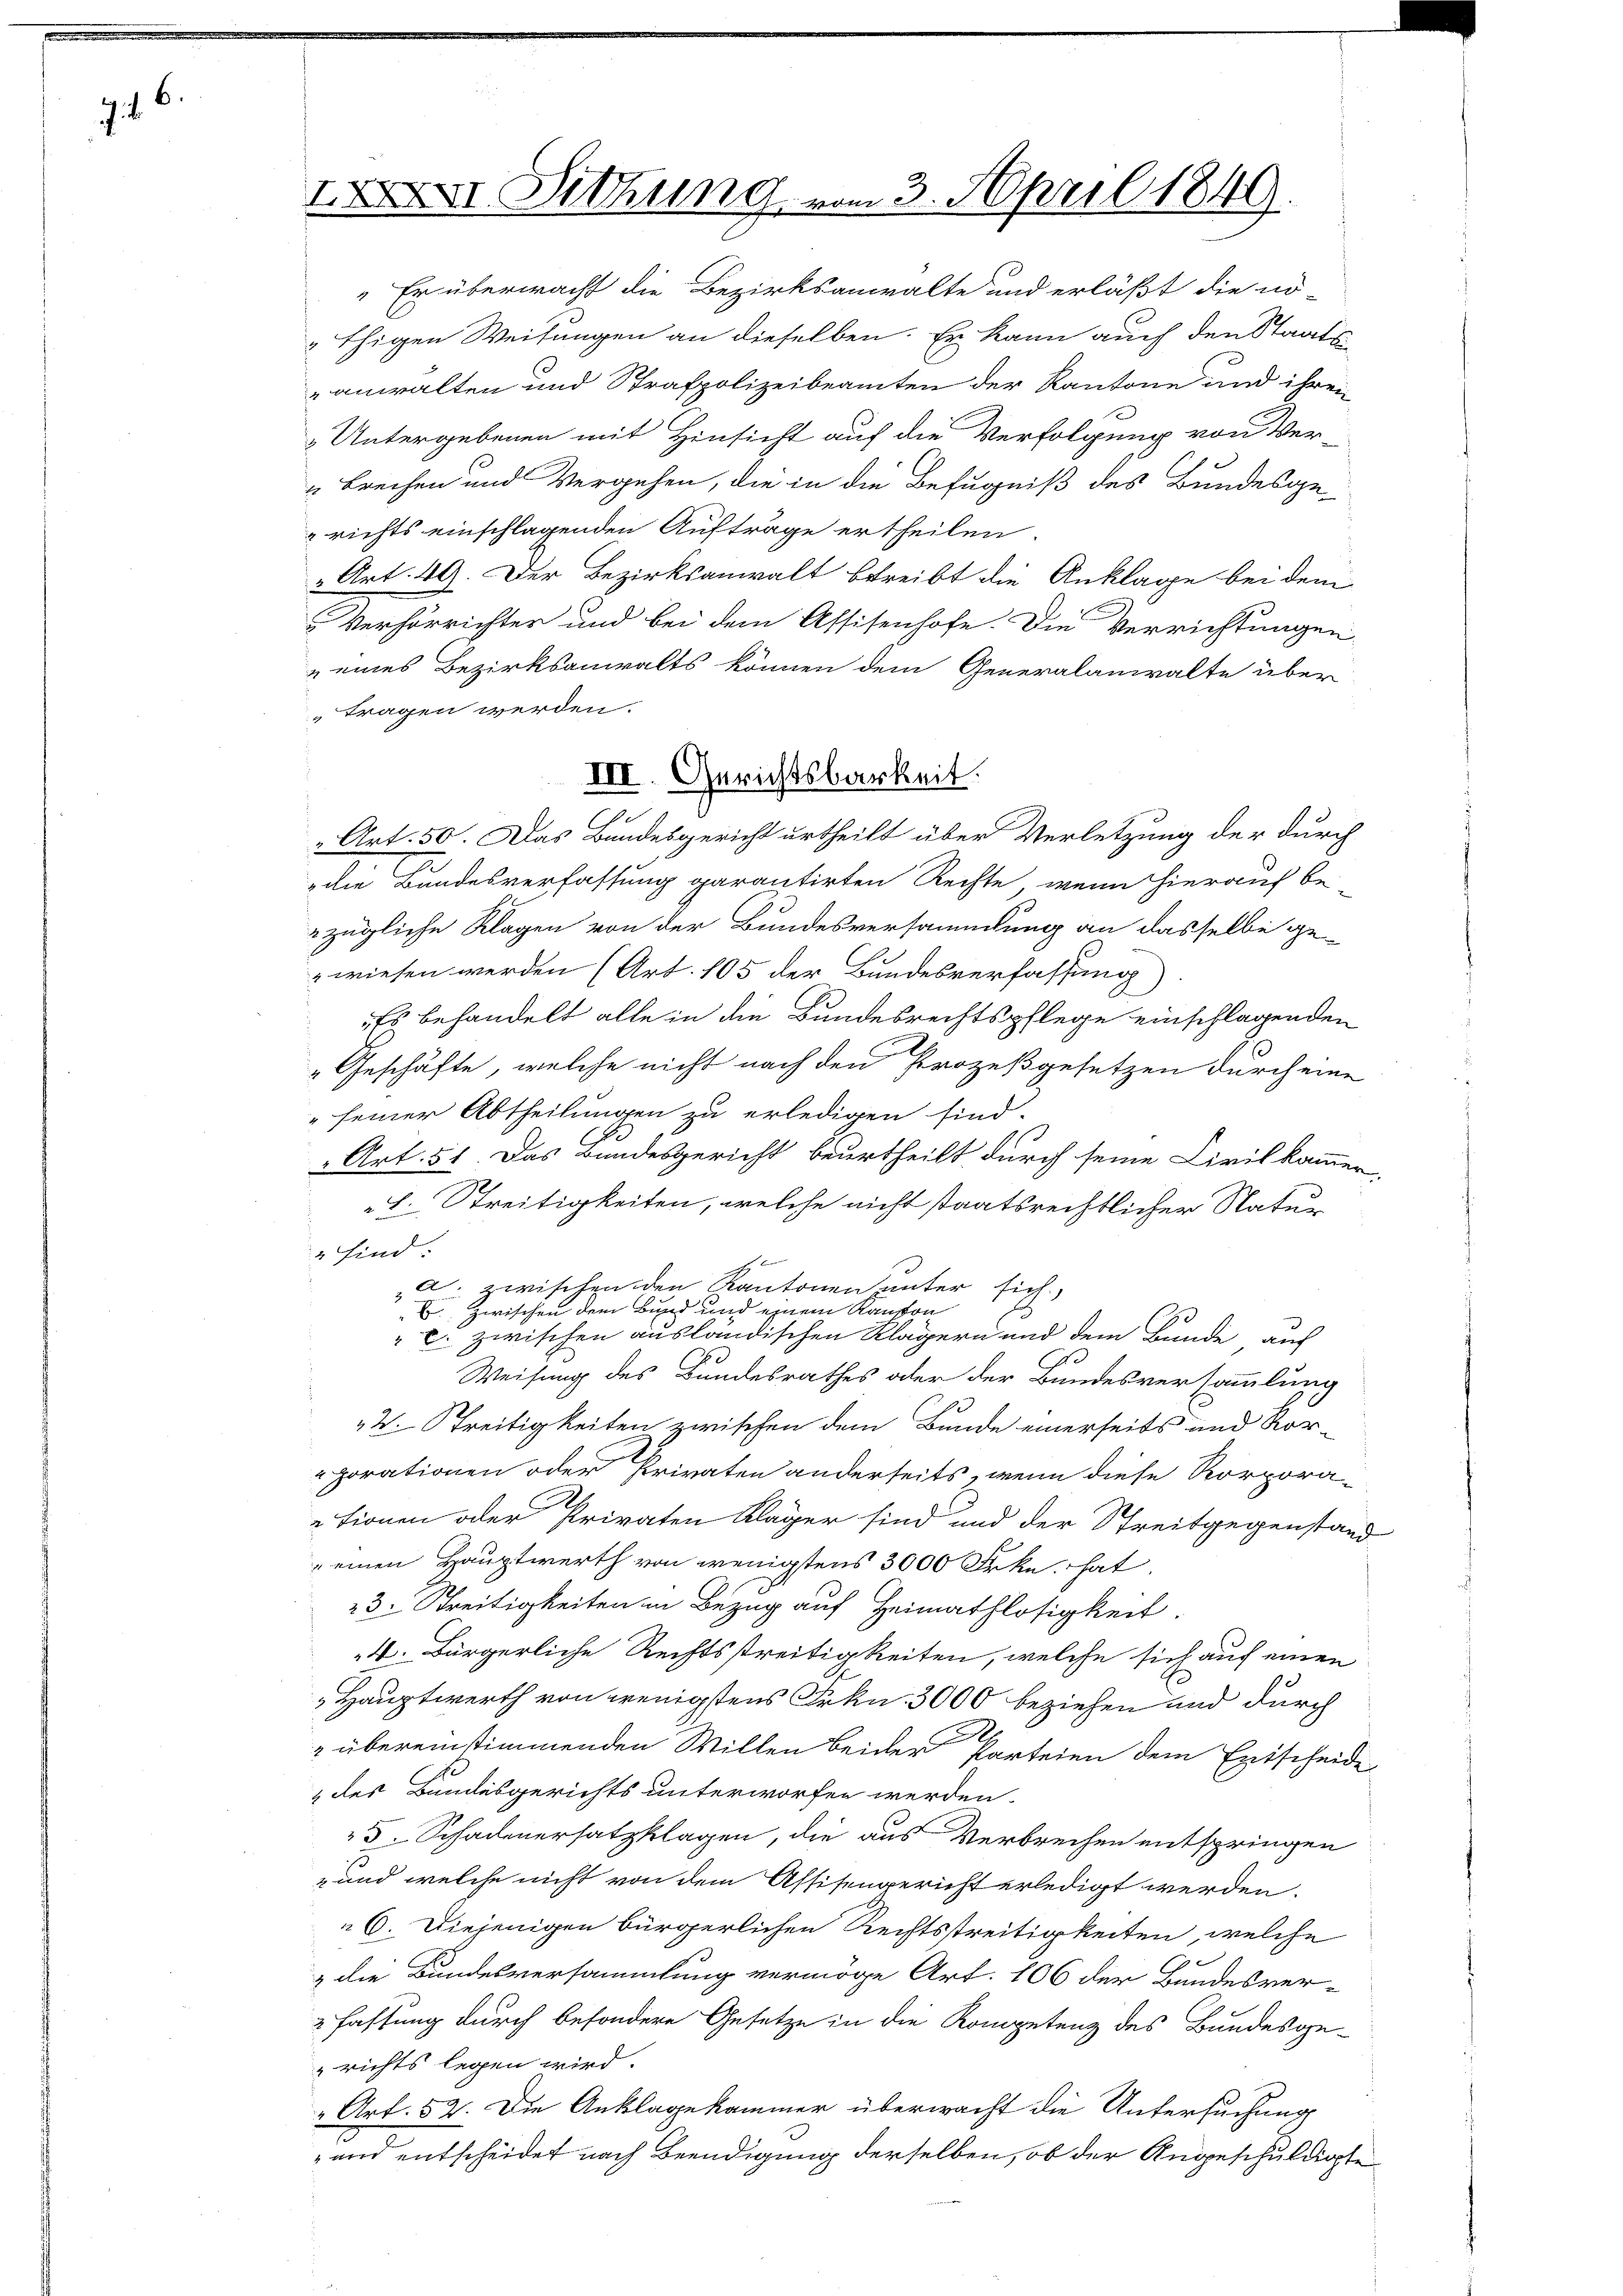
746

XI. Sitzung vom 3. April 1849.

Er überwacht die Bezirksanwalte und erläßt die in
"thigen Weisungen an dieselben. Er kann auch den Staats-
anwalten und Strafpolizeibeamten der Kantone und ihren
Untergebenen mit Hinsicht auf die Verfolgung von Ver-
„Brechen und Vergehen, die in die Befugniß des Bundesge-
richts einschlagenden Aufträge ertheilen.
„Art. 40. Der Bezirksanwalt betreibt die Anklage bei dem
Verhörrichter und bei dem Assisenhofe. Die Verrichtungen
 eines Bezirksanwalts können dem Generalanwalte über
tragen werden.
Art. 50. Das Bundesgericht urtheilt über Verletzung der durch
die Bundesverfassung garantirten Rechte, wenn hierauf be-
zügliche Klagen von der Bundesversammlung an dasselbe ge-
wiesen werden (Art. 105 der Bundesverfassung)
Es behandelt alle in die Bundesrechtspflege einschlagenden
2.
Geschäfte, welche nicht nach den Prozeßgesetzen durch eine
„seiner Abtheilungen zu erledigen sind.
" Art. 51. Das Bundesgericht beurtheilt durch seine Civilkammer,
L. Streitigkeiten, welche nicht staatsrechtlicher Natur
 sind:
a. zwischen den Kantonen unter sich
B zwischen dem Bund und Kanton
B
c. zwischen auslandischen Klägern und dem Bunde auf
d
Weisung des Bundesrathes oder der Bundesversammlung
W. Streitigkeiten zwischen dem Bunde einerseits und Korporationen oder Privaten anderseits wenn diese Korpora-
tionen oder Privaten Kläger sind und der Streitgegenstand
 einen Hauptwerth von wenigstens 3000 Frkn. hat,
23. Streitigkeiten in Bezug auf Heimathlosigkeit.
4. Bürgerliche Rechtsstreitigkeiten, welche sich auf einen
„Hauptwerth von wenigstens Frkn. 3000 beziehen und durch
 übereinstimmenden Willen beider Parteien dem Entscheide
„des Bundesgerichts unterworfen werden.
5. Schadenersatzklagen, die aus Verbrechen entspringen
-und welche nicht von dem Assisengericht erledigt werden.
6. Diejenigen bürgerlichen Rechtsstreitigkeiten, welche
& die Bundesversammlung vermöge Art. 106 der Bundesver¬
2 fassung durch besondere Gesetze in die Kompetenz des Bundesge-
richts legen wird.
" Art. 52. Die Anklage kammer überwacht die Untersuchung
 und entscheidet nach Beendigung derselben, ob der Angeschuldigte

III. Gerichtsbarkeit